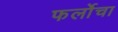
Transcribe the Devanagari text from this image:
फर्लोचा